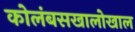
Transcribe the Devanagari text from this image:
कोलंबसखालोखाल